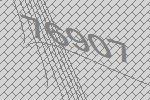
76907